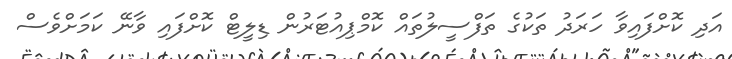
އަދި ކޮށްފައިވާ ހަރަދު ތަކުގެ ތަފްސީލުތައް ކޮމްޕިއުޓަރުން ޑިލީޓް ކޮށްފައި ވާނޭ ކަމަށްވެސް